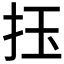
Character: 𢫛